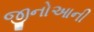
જીનોઆની